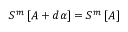
S ^ { m } \left[ A + d \alpha \right] = S ^ { m } \left[ A \right]